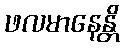
ဖလမာနေန္တိ